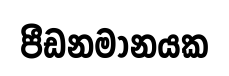
පීඩනමානයක